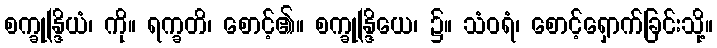
စက္ခုန္ဒြိယံ၊ ကို။ ရက္ခတိ၊ စောင့်၏။ စက္ခုန္ဒြိယေ၊ ၌။ သံဝရံ၊ စောင့်ရှောက်ခြင်းသို့။